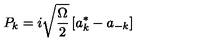
P _ { k } = i \sqrt { \frac \Omega 2 } \left[ a _ { k } ^ { * } - a _ { - k } \right]